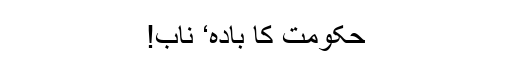
حکومت کا بادۂ‘ ناب!